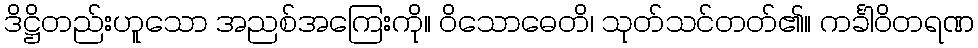
ဒိဋ္ဌိတည်းဟူသော အညစ်အကြေးကို။ ဝိသောဓေတိ၊ သုတ်သင်တတ်၏။ ကင်္ခါဝိတရဏ